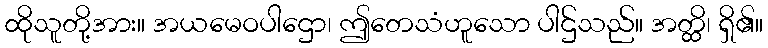
ထိုသူတို့အား။ အယမေဝပါဌော၊ ဤတေသံဟူသော ပါဌ်သည်။ အတ္ထိ၊ ရှိ၏။